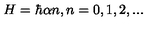
H = \hbar \alpha n , n = 0 , 1 , 2 , . . .